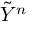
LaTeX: { \tilde { Y } } ^ { n }